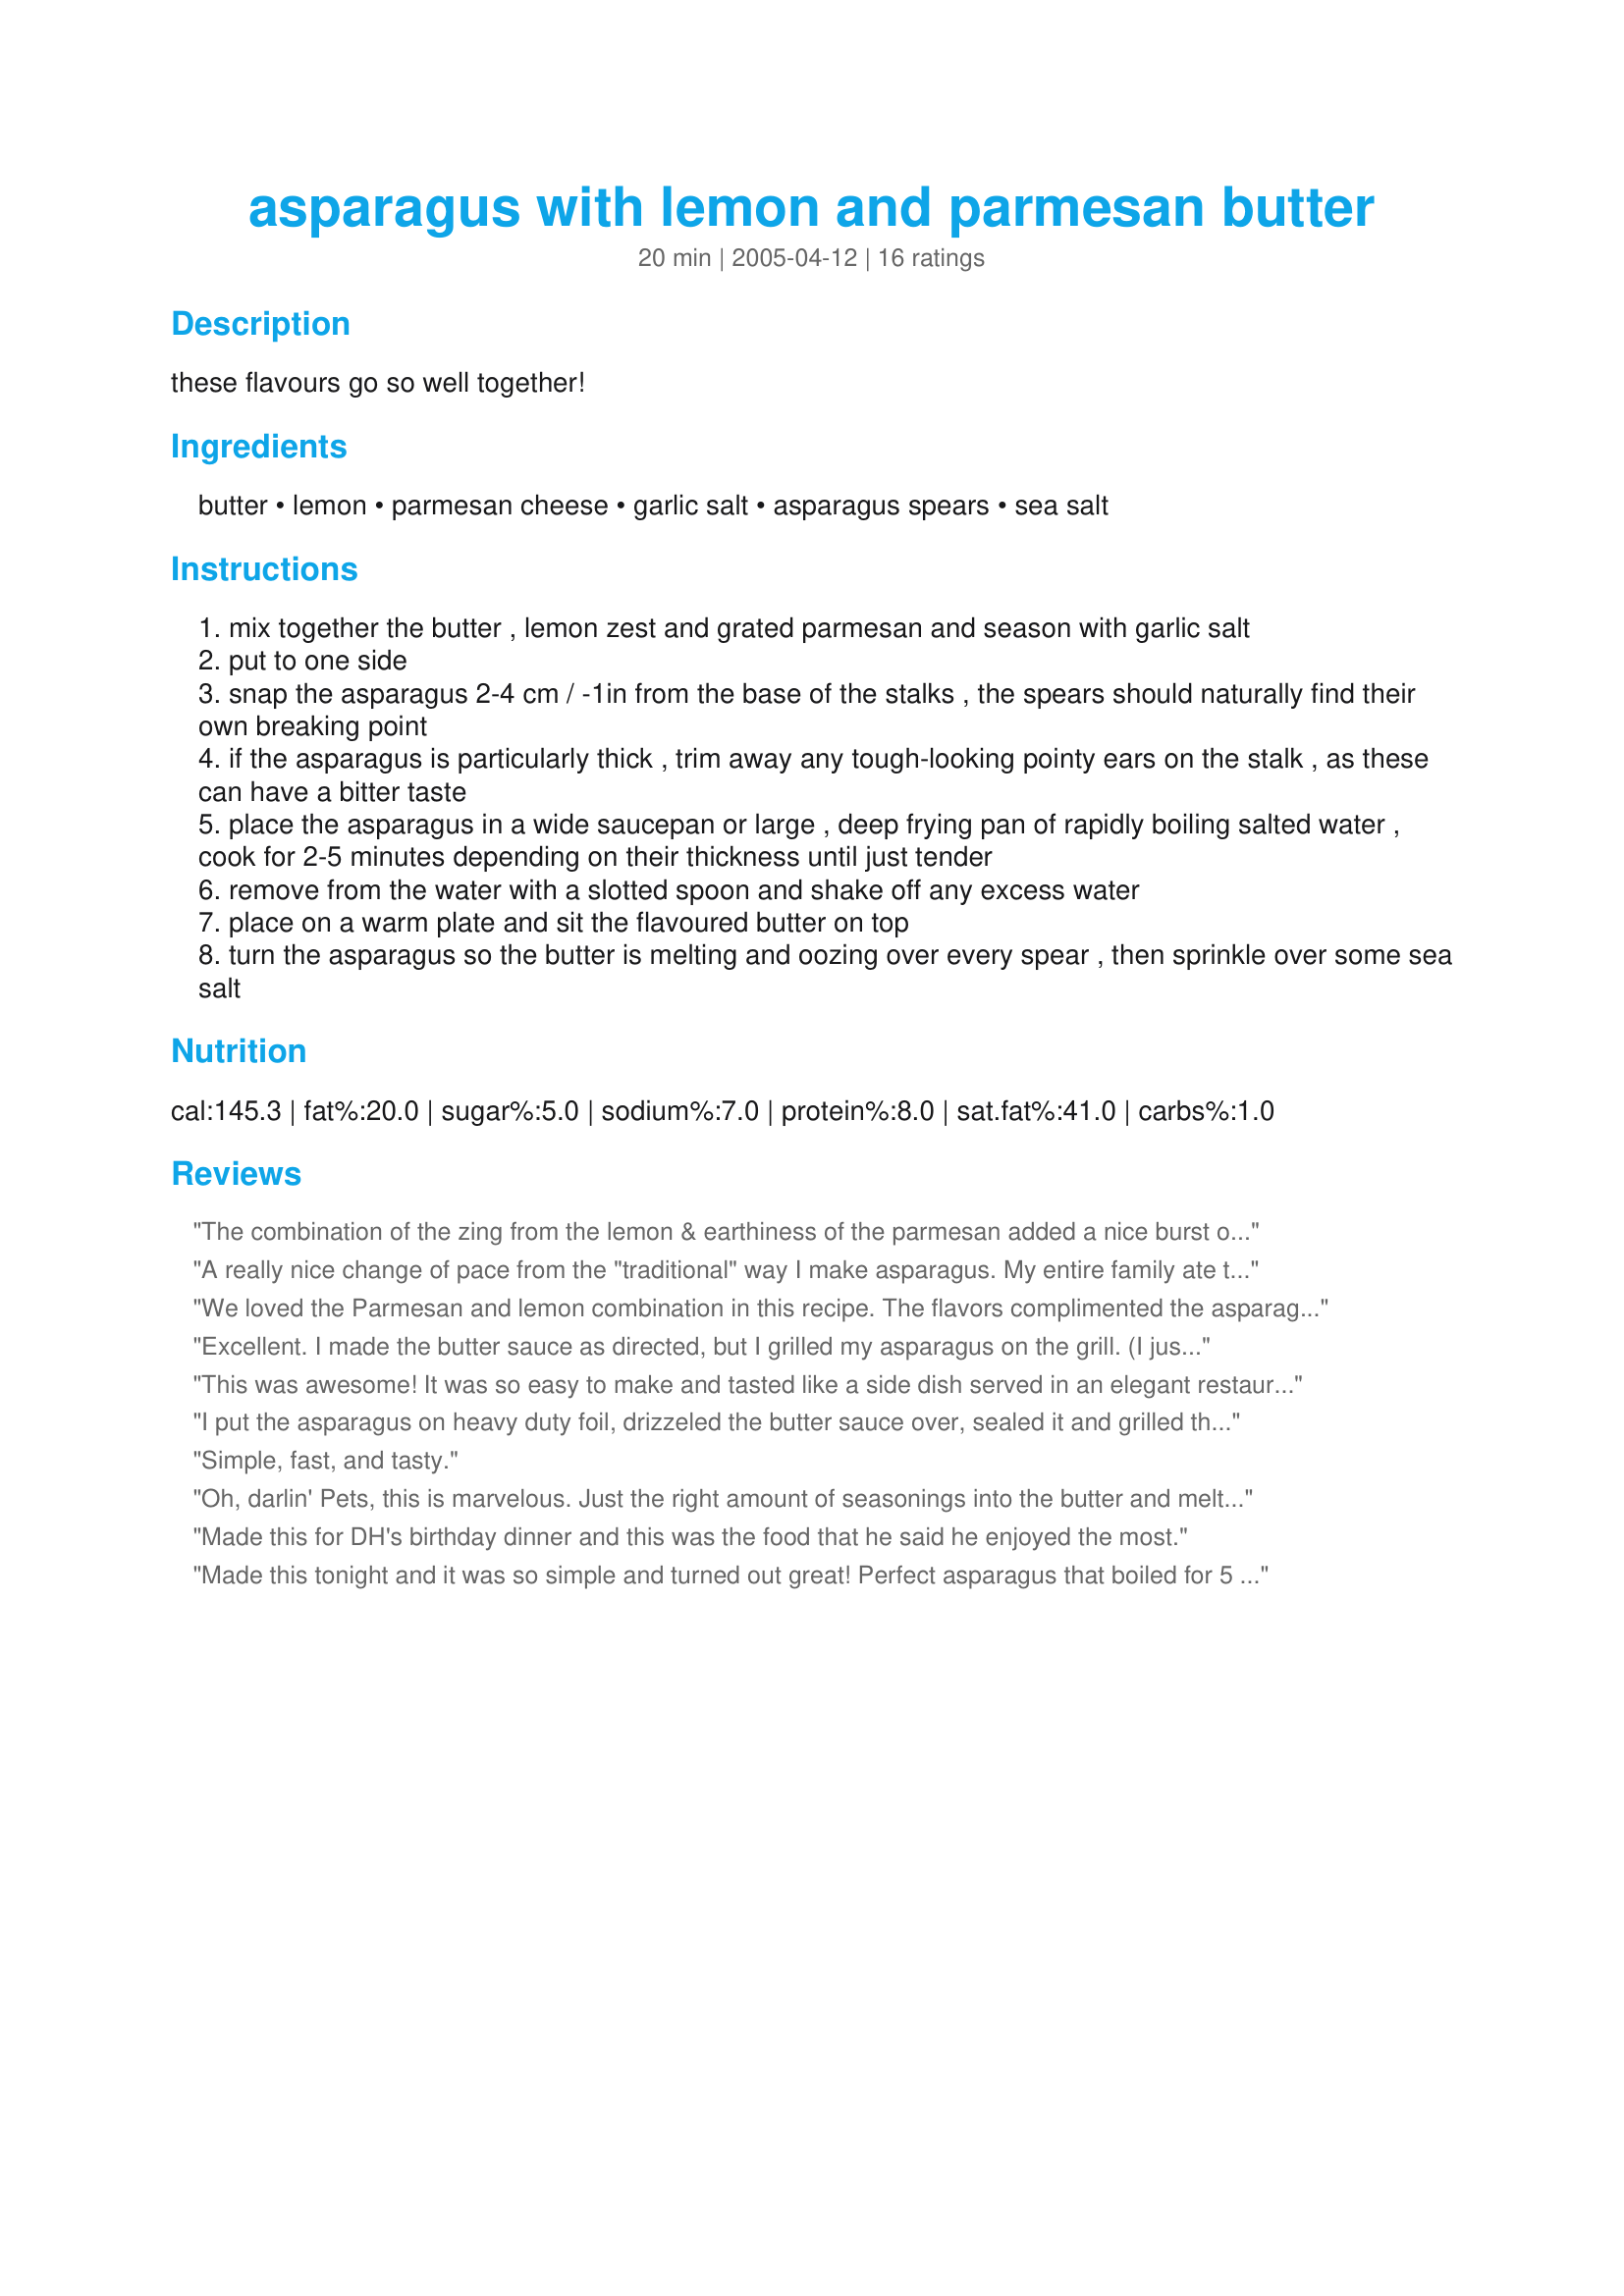
asparagus with lemon and parmesan butter
Preparation time: 20 minutes

these flavours go so well together!

Ingredients:
butter, lemon, parmesan cheese, garlic salt, asparagus spears, sea salt

Steps:
mix together the butter , lemon zest and grated parmesan and season with garlic salt
put to one side
snap the asparagus 2-4 cm / -1in from the base of the stalks , the spears should naturally find their own breaking point
if the asparagus is particularly thick , trim away any tough-looking pointy ears on the stalk , as these can have a bitter taste
place the asparagus in a wide saucepan or large , deep frying pan of rapidly boiling salted water , cook for 2-5 minutes depending on their thickness until just tender
remove from the water with a slotted spoon and shake off any excess water
place on a warm plate and sit the flavoured butter on top
turn the asparagus so the butter is melting and oozing over every spear , then sprinkle over some sea salt

Reviews:
The combination of the zing from the lemon & earthiness of the parmesan added a nice burst of flavor to the asparagus. Served with baked cod and a green salad for an easy summer meal. Made in memory of Annalies.
A really nice change of pace from the "traditional" way I make asparagus. My entire family ate thier vegetables this time! I mixed the toppings all together as the recipe said and it did get a little "clumpy", I think next time I may mix all but the cheese and then just sprinkle the cheese on top to see if that speads it out a little better. Great recipe either way though- thanks for posting!
We loved the Parmesan and lemon combination in this recipe. The flavors complimented the asparagus perfectly! My asparagus spears were quite thin, so I used 1-lb. Also, I microwaved the asparagus for about 7 minutes instead of boiling it. This recipe is definitely a keeper!!<br/>**Made for Pets'R'us cookathon**
Excellent. I made the butter sauce as directed, but I grilled my asparagus on the grill. (I just love it cooked that way) We really enjoyed this dish and will be making it a lot. I want to try the butter sauce on my grilled squash and zuc. Thanks Pets
This was awesome! It was so easy to make and tasted like a side dish served in an elegant restaurant. The flavors blended well. I served this for Mother's Day Lunch and everyone was disappointed that there wasn't any left.
I put the asparagus on heavy duty foil, drizzeled the butter sauce over, sealed it and grilled them outside on the grill. This sauce makes makes for a nice flavored dish that went very well with the grilled salmon I served it with. Thanks for posting. I am sure to do this again.
Simple, fast, and tasty.
Oh, darlin' Pets, this is marvelous.
Just the right amount of seasonings into the butter and melt--it did!
Love this! Made for the Asparagus event in Vegetarian and Cook-a-Thon in Cooking Photos.
Made this for DH's birthday dinner and this was the food that he said he enjoyed the most.
Made this tonight and it was so simple and turned out great! Perfect asparagus that boiled for 5 minutes. I will be using this recipe much more, thanks for posting!
I made this for my sister-in-law who is on the South Beach diet and she loved it! I will make this again... South beach or no South Beach!
Excellent blend of flavors. A great side dish for our roast chicken dinner. Instead of the garlic salt, used a large clove of garlic which I added to the butter, lemon zest and Parmesan cheese and let it steep for the flavors to meld. Also, added some salt and pepper when serving. Thanks so much for sharing this keeper recipe, Pets.
You have another 5 star review! I made this last night with really nice asparagus. We like fresh asparagus to be quite simple because it's a delicate veggie and we usually eat it as a starter (appetizer, as Americans call it). This simple combo of butter, grated fresh Parmesan and finely grated lemon rind was "more than the sum of its parts" -- it was totally delicious with the al dente asparagus! I made a little more of this mixture than the recipe calls for, because the asparagus was thick and fleshy and I had about 18 large spears. Thanks so much for a keeper!
Such a simple and quick recipe to throw together, I will make it again but next time I will also add some lemon juice over the spears at the end before serving. It lacked a little bit of flavour.
This was delicious! This would be a great side dish for a variety of meals and tonight we had it with Recipe #102351. They definitely complimented each other. Thanks for a keeper!
We love asparagus and I am delighted to have a new recipe to add to the repertoire. I used half of the flavoured butter as directed so it melted entirely and added the remaining butter on just before serving. Delicious!<br/>Made in memory of Annalies
